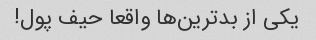
یکی از بدترین‌ها واقعا حیف پول!